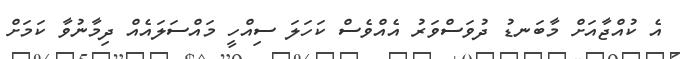
އެ ކުއްޖާއަށް މާބަނޑު ދުވަސްވަރު އެއްވެސް ކަހަލަ ސިއްހީ މައްސަލައެއް ދިމާނުވާ ކަމަށް